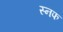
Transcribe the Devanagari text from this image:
स्नफ